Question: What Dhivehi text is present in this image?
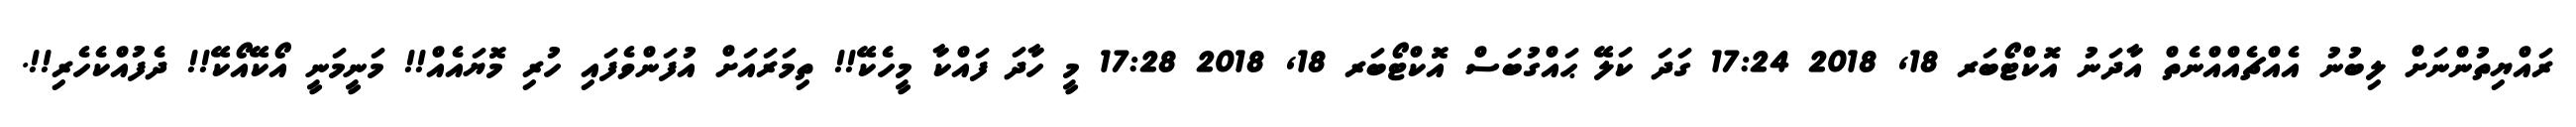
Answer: ރައްޔިތުންނަށް ލިބުނު އެއްޗެއްއްނެތް އާދަނު އޮކްޓޯބަރ 18, 2018 17:24 ގަދަ ކަލޭ ޙައްގުބަސް އޮކްޓޯބަރ 18, 2018 17:28 މީ ހާދަ ފައްކާ މީހެކޭ!! ތިމަރައަށް އުފަންވެފައި ހުރި މޮޔައެއް!! މަނީމަނީ އޯކޭއޯކޭ!! ދެފުއްކެހެރި!!.